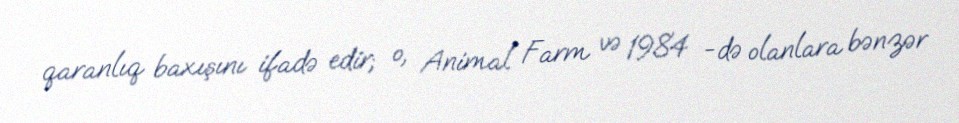
qaranlıq baxışını ifadə edir; o, Animal Farm və 1984 -də olanlara bənzər